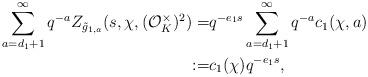
LaTeX: \begin{align*}\sum_{a=d_1+1}^{\infty}q^{-a}Z_{\tilde{g}_{1, a}}(s, \chi, (\mathcal{O}_K^{\times})^2)=&q^{-e_1s}\sum_{a=d_1+1}^{\infty}q^{-a}c_1(\chi, a)\\:=&c_1(\chi)q^{-e_1s},\end{align*}